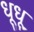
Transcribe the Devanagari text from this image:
धूधू